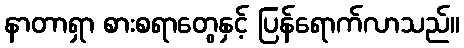
နာတာရှာ စားစရာတွေနှင့် ပြန်ရောက်လာသည်။